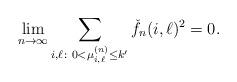
LaTeX: \begin{align*}\lim_{n \to \infty} \sum_{i, \ell \colon 0< \mu_{i,\ell}^{(n)} \leq k'} \check f_n(i,\ell)^2 = 0.\end{align*}